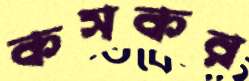
কসকর